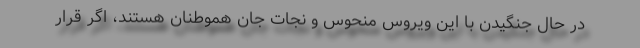
در حال جنگیدن با این ویروس منحوس و نجات جان هموطنان هستند، اگر قرار